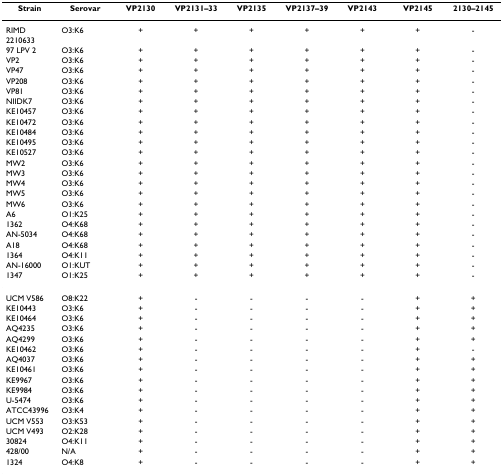
<table><thead><tr><td><b>Strain</b></td><td><b>Serovar</b></td><td><b>VP2130</b></td><td><b>VP2131–33</b></td><td><b>VP2135</b></td><td><b>VP2137–39</b></td><td><b>VP2143</b></td><td><b>VP2145</b></td><td><b>2130–2145</b></td></tr></thead><tbody><tr><td>RIMD 2210633</td><td>O3:K6</td><td>+</td><td>+</td><td>+</td><td>+</td><td>+</td><td>+</td><td>-</td></tr><tr><td>97 LPV 2</td><td>O3:K6</td><td>+</td><td>+</td><td>+</td><td>+</td><td>+</td><td>+</td><td>-</td></tr><tr><td>VP2</td><td>O3:K6</td><td>+</td><td>+</td><td>+</td><td>+</td><td>+</td><td>+</td><td>-</td></tr><tr><td>VP47</td><td>O3:K6</td><td>+</td><td>+</td><td>+</td><td>+</td><td>+</td><td>+</td><td>-</td></tr><tr><td>VP208</td><td>O3:K6</td><td>+</td><td>+</td><td>+</td><td>+</td><td>+</td><td>+</td><td>-</td></tr><tr><td>VP81</td><td>O3:K6</td><td>+</td><td>+</td><td>+</td><td>+</td><td>+</td><td>+</td><td>-</td></tr><tr><td>NIIDK7</td><td>O3:K6</td><td>+</td><td>+</td><td>+</td><td>+</td><td>+</td><td>+</td><td>-</td></tr><tr><td>KE10457</td><td>O3:K6</td><td>+</td><td>+</td><td>+</td><td>+</td><td>+</td><td>+</td><td>-</td></tr><tr><td>KE10472</td><td>O3:K6</td><td>+</td><td>+</td><td>+</td><td>+</td><td>+</td><td>+</td><td>-</td></tr><tr><td>KE10484</td><td>O3:K6</td><td>+</td><td>+</td><td>+</td><td>+</td><td>+</td><td>+</td><td>-</td></tr><tr><td>KE10495</td><td>O3:K6</td><td>+</td><td>+</td><td>+</td><td>+</td><td>+</td><td>+</td><td>-</td></tr><tr><td>KE10527</td><td>O3:K6</td><td>+</td><td>+</td><td>+</td><td>+</td><td>+</td><td>+</td><td>-</td></tr><tr><td>MW2</td><td>O3:K6</td><td>+</td><td>+</td><td>+</td><td>+</td><td>+</td><td>+</td><td>-</td></tr><tr><td>MW3</td><td>O3:K6</td><td>+</td><td>+</td><td>+</td><td>+</td><td>+</td><td>+</td><td>-</td></tr><tr><td>MW4</td><td>O3:K6</td><td>+</td><td>+</td><td>+</td><td>+</td><td>+</td><td>+</td><td>-</td></tr><tr><td>MW5</td><td>O3:K6</td><td>+</td><td>+</td><td>+</td><td>+</td><td>+</td><td>+</td><td>-</td></tr><tr><td>MW6</td><td>O3:K6</td><td>+</td><td>+</td><td>+</td><td>+</td><td>+</td><td>+</td><td>-</td></tr><tr><td>A6</td><td>O1:K25</td><td>+</td><td>+</td><td>+</td><td>+</td><td>+</td><td>+</td><td>-</td></tr><tr><td>1362</td><td>O4:K68</td><td>+</td><td>+</td><td>+</td><td>+</td><td>+</td><td>+</td><td>-</td></tr><tr><td>AN-5034</td><td>O4:K68</td><td>+</td><td>+</td><td>+</td><td>+</td><td>+</td><td>+</td><td>-</td></tr><tr><td>A18</td><td>O4:K68</td><td>+</td><td>+</td><td>+</td><td>+</td><td>+</td><td>+</td><td>-</td></tr><tr><td>1364</td><td>O4:K11</td><td>+</td><td>+</td><td>+</td><td>+</td><td>+</td><td>+</td><td>-</td></tr><tr><td>AN-16000</td><td>O1:KUT</td><td>+</td><td>+</td><td>+</td><td>+</td><td>+</td><td>+</td><td>-</td></tr><tr><td>1347</td><td>O1:K25</td><td>+</td><td>+</td><td>+</td><td>+</td><td>+</td><td>+</td><td>-</td></tr><tr><td>UCM V586</td><td>O8:K22</td><td>+</td><td>-</td><td>-</td><td>-</td><td>-</td><td>+</td><td>+</td></tr><tr><td>KE10443</td><td>O3:K6</td><td>+</td><td>-</td><td>-</td><td>-</td><td>-</td><td>+</td><td>+</td></tr><tr><td>KE10464</td><td>O3:K6</td><td>+</td><td>-</td><td>-</td><td>-</td><td>-</td><td>+</td><td>+</td></tr><tr><td>AQ4235</td><td>O3:K6</td><td>+</td><td>-</td><td>-</td><td>-</td><td>-</td><td>+</td><td>+</td></tr><tr><td>AQ4299</td><td>O3:K6</td><td>+</td><td>-</td><td>-</td><td>-</td><td>-</td><td>+</td><td>+</td></tr><tr><td>KE10462</td><td>O3:K6</td><td>+</td><td>-</td><td>-</td><td>-</td><td>-</td><td>+</td><td>-</td></tr><tr><td>AQ4037</td><td>O3:K6</td><td>+</td><td>-</td><td>-</td><td>-</td><td>-</td><td>+</td><td>+</td></tr><tr><td>KE10461</td><td>O3:K6</td><td>+</td><td>-</td><td>-</td><td>-</td><td>-</td><td>+</td><td>+</td></tr><tr><td>KE9967</td><td>O3:K6</td><td>+</td><td>-</td><td>-</td><td>-</td><td>-</td><td>+</td><td>+</td></tr><tr><td>KE9984</td><td>O3:K6</td><td>+</td><td>-</td><td>-</td><td>-</td><td>-</td><td>+</td><td>+</td></tr><tr><td>U-5474</td><td>O3:K6</td><td>+</td><td>-</td><td>-</td><td>-</td><td>-</td><td>+</td><td>+</td></tr><tr><td>ATCC43996</td><td>O3:K4</td><td>+</td><td>-</td><td>-</td><td>-</td><td>-</td><td>+</td><td>+</td></tr><tr><td>UCM V553</td><td>O3:K53</td><td>+</td><td>-</td><td>-</td><td>-</td><td>-</td><td>+</td><td>+</td></tr><tr><td>UCM V493</td><td>O2:K28</td><td>+</td><td>-</td><td>-</td><td>-</td><td>-</td><td>+</td><td>+</td></tr><tr><td>30824</td><td>O4:K11</td><td>+</td><td>-</td><td>-</td><td>-</td><td>-</td><td>+</td><td>+</td></tr><tr><td>428/00</td><td>N/A</td><td>+</td><td>-</td><td>-</td><td>-</td><td>-</td><td>+</td><td>+</td></tr><tr><td>1324</td><td>O4:K8</td><td>+</td><td>-</td><td>-</td><td>-</td><td>-</td><td>+</td><td>+</td></tr></tbody></table>